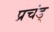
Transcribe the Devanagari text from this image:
प्रचंड्